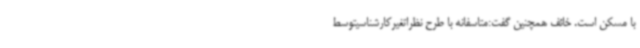
با مسکن است. خائف همچنین گفت:متاسفانه با طرح نظراتغیرکارشناسیتوسط